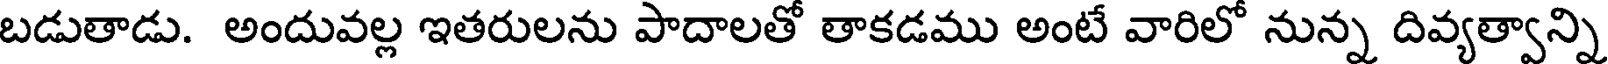
బడుతాడు. అందువల్ల ఇతరులను పాదాలతో తాకడము అంటే వారిలో నున్న దివ్యత్వాన్ని